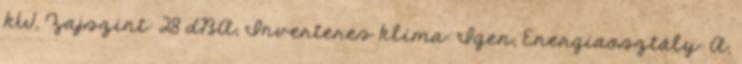
kW, Zajszint: 28 dBA, Inverteres klíma: Igen, Energiaosztály: A,